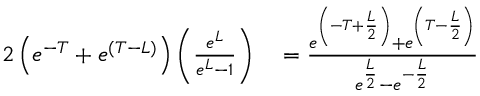
\begin{array} { r l } { { 2 } \left( e ^ { - T } + e ^ { ( T - L ) } \right) \left( \frac { e ^ { L } } { e ^ { L } - 1 } \right) } & { { } = \frac { e ^ { \left( - T + \frac { L } { 2 } \right) } + e ^ { \left( T - \frac { L } { 2 } \right) } } { e ^ { \frac { L } { 2 } } - e ^ { - \frac { L } { 2 } } } } \end{array}